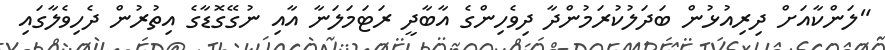
"ލަންކާއަށް ދިރިއުޅުން ބަދަލުކުރަމުންދާ ދިވެހިންގެ އާބާދީ ރަޓަމަލަނާ އާއި ނުގޭގޮޑާގެ އިތުރުން ދެހިވެލާގައި